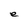
Character: e